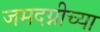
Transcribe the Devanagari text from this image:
जमदग्नीच्या